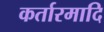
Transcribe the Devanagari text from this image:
कर्तारमादि